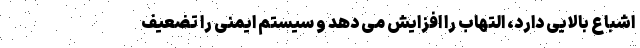
اشباع بالایی دارد، التهاب را افزایش می دهد و سیستم ایمنی را تضعیف